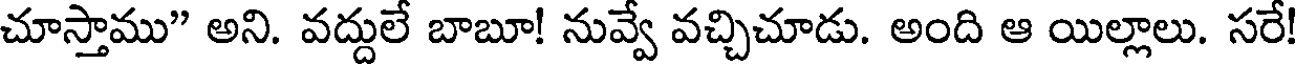
చూస్తాము" అని. వద్దులే బాబూ! నువ్వే వచ్చిచూడు. అంది ఆ యిల్లాలు. సరే